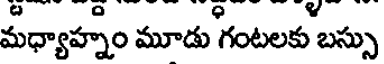
మధ్యాహ్నం మూడు గంటలకు బస్సు